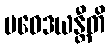
ပဝေဒယန္တီတိ